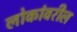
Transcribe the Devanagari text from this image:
लोकांवरील